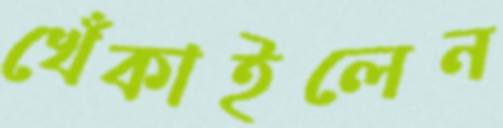
খেঁকাইলেন